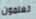
تعلمون